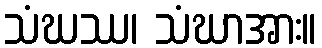
သံဃဿ၊ သံဃာအား။